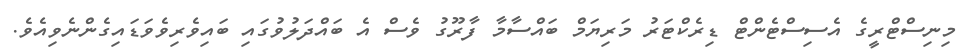
މިނިސްޓްރީގެ އެސިސްޓެންޓް ޑިރެކްޓަރު މަރިޔަމް ބައްސާމާ ފާރޫގު ވެސް އެ ބައްދަލުވުގައި ބައިވެރިވެވަޑައިގެންނެވިއެވެ.